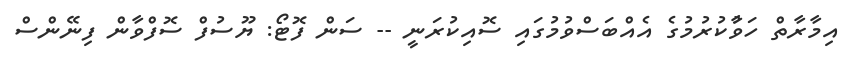
އިމާރާތް ހަވާުކުރުމުގެ އެއްބަސްވުމުގައި ސޮއިކުރަނީ -- ސަން ފޮޓޯ: ޔޫސުފް ސޮފްވާން ފިނޭންސް